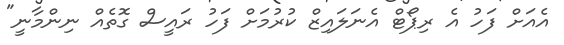
އެއަށް ފަހު އެ ރިޕޯޓް އެނަލައިޒް ކުރުމަށް ފަހު ރައީސް ގޮތެއް ނިންމާނީ"